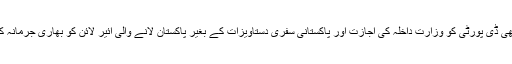
آئندہ کسی بھی ڈی پورٹی کو وزارتِ داخلہ کی اجازت اور پاکستانی سفری دستاویزات کے بغیر پاکستان لانے والی ائیر لائن کو بھاری جرمانہ کیا جائے گا۔